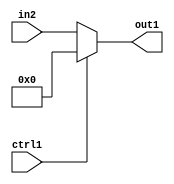
`timescale 1ps / 1ps
/*****************************************************************************
    Verilog RTL Description
    
    
    Created by: Stratus DpOpt 2019.1.01 
*******************************************************************************/

module st_feature_addr_gen_N_Mux_16_2_25_4_0 (
	in2,
	ctrl1,
	out1
	); /* architecture "behavioural" */ 
input [15:0] in2;
input  ctrl1;
output [15:0] out1;
wire [15:0] asc001;

reg [15:0] asc001_tmp_0;
assign asc001 = asc001_tmp_0;
always @ (ctrl1 or in2) begin
	case (ctrl1)
		1'B1 : asc001_tmp_0 = 16'B0000000000000000 ;
		default : asc001_tmp_0 = in2 ;
	endcase
end

assign out1 = asc001;
endmodule

/* CADENCE  uLnzQgA= : u9/ySgnWtBlWxVPRXgAZ4Og= ** DO NOT EDIT THIS LINE ******/